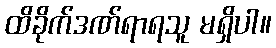
ထိခိုက်ဒဏ်ရာရသူ မရှိပါ။